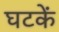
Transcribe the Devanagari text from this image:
घटकें